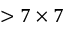
> 7 \times 7